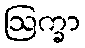
ဩက္ခာ